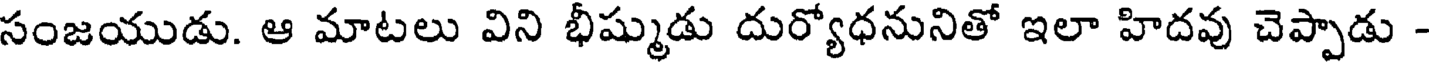
సంజయుడు. ఆ మాటలు విని భీష్ముడు దుర్యోధనునితో ఇలా హిదవు చెప్పాడు -